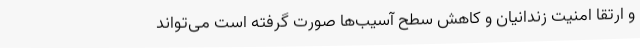
و ارتقا امنیت زندانیان و کاهش سطح آسیب‌ها صورت گرفته است می‌تواند